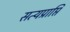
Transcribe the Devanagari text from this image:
सत्यप्राप्ति